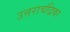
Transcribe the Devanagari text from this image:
उत्तराचंद्रिका